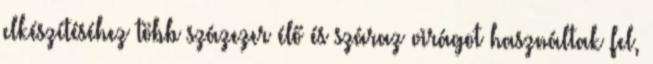
elkészítéséhez több százezer élő és száraz virágot használtak fel,